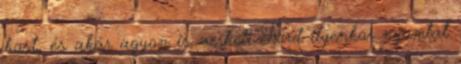
host, és akár agyon is verheti Ford ilyenkor nyomtat